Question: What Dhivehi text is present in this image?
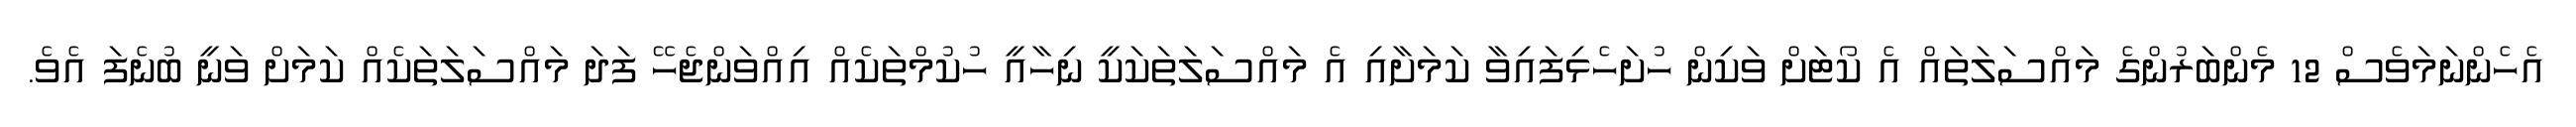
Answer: އެހެންނަމަވެސް 12 މެންބަރުންގެ މައްސަލަތައް އެ ކޯޓަށް ވަކިން ހުށަހެޅިފައިވާ ކަމަށާއި އެ މައްސަލަތަކަކީ ނިހާއީ ހުކުމްތަކެއް އިއްވަންޖެހޭ ފަދަ މައްސަލަތަކެއް ކަމަށް ވަނީ ބުނެފަ އެވެ.